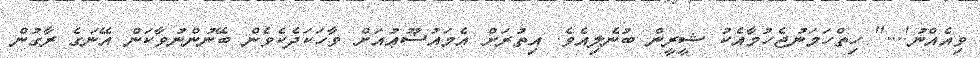
ވިއެއްނު!...'' ހިތްހަމަނުޖެހުމާއެކު ޝީރީން ބުނެލިއެވެ. އިތުރަށް އެމައުޟޫޢުއަށް ވާހަކަދެކެވެން ބޭނުންނުވާކަން އޭނަގެ ރާގުން